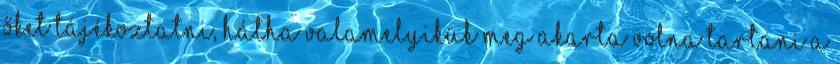
őket tájékoztatni, hátha valamelyikük meg akarta volna tartani a